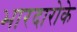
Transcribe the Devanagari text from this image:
भारदारोके